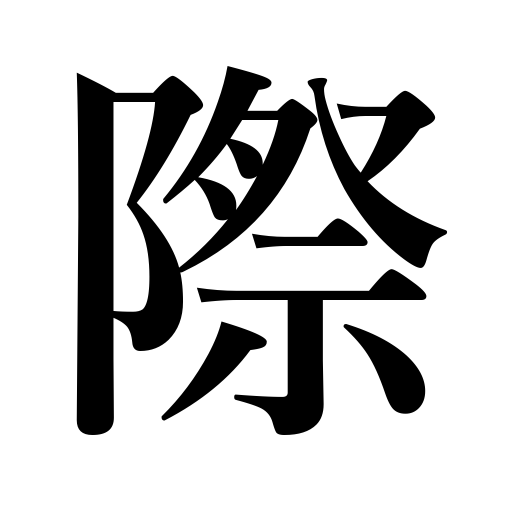
Meanings: time,side,edge,occasion,verge,when